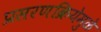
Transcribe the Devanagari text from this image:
प्रसरणक्रियेमुळे